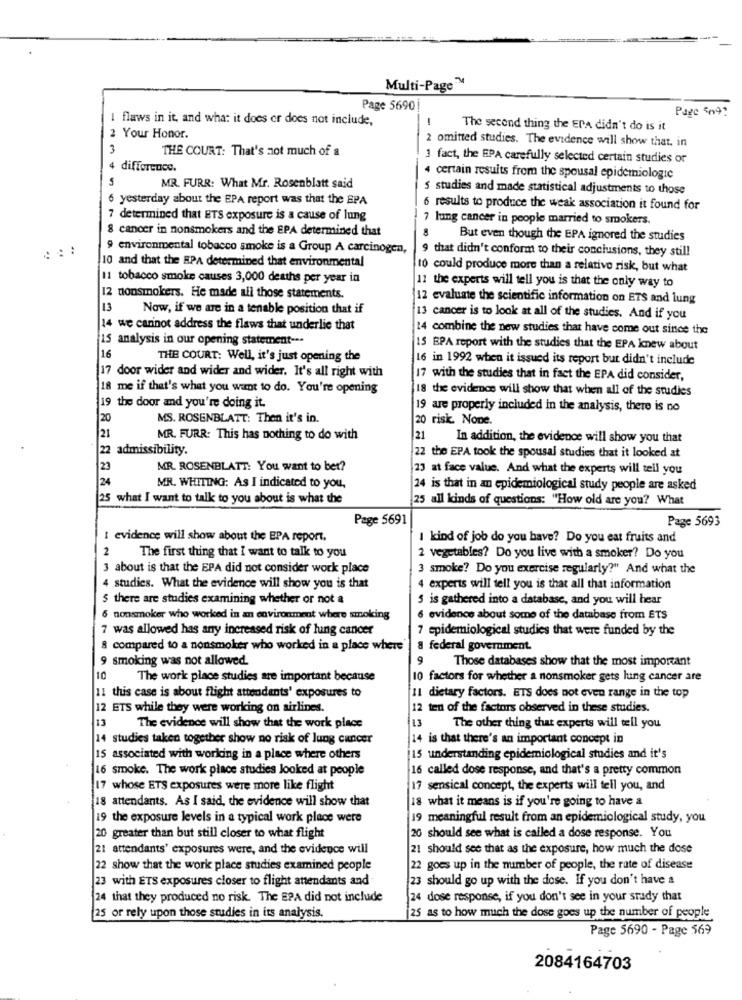
Multi-Page™
Page 5690!
Page 509?
I flaws in it, and what it does or does not include,
-
The second thing the EPA didn't do is it
2 Your Honor.
2 omitted studies. The evidence will show that. in
3
THE COURT: That's not much of a
1 fact, the EPA carefully selected certain studies or
4 difference.
5
4 certain results from the spousal epidemiologic
MR. FURR: What Mr. Rosenblatt said
5 studies and made statistical adjustments to those
6 yesterday about the EPA report was that the EPA
6 results to produce the weak association it found for
7 determined that ETS exposure is a cause of lung
7 lung cancer in people married to smokers.
8 cancer in nonsmokers and the EPA determined that
9
But even though the EPA ignored the studies
environmental tobacco smoke is a Group A carcinogen,
9 that didn't conform to their conclusions, they still
10 and that the BPA determined that environmental
10 could produce more than a relative risk, but what
11 tobacco smoke causes 3,000 deaths per year in
11 the experts will tell you is that the only way to
12 nonsmokers. He made all those statements.
12 evaluate the scientific information on ETS and lung
13
Now, if we are in a tenable position that if
13 cancer is to look at all of the studies. And if you
14 we cannot address the flaws that underlie that
14 combine the new studies that have come out since the
15 analysis in our opening statement ---
15 BPA report with the studies that the EPA knew about
16
THE COURT: Well, it's just opening the
16 in 1992 when it issued its report but didn't include
17 door wider and wider and wider. It's all right with
17 with the studies that in fact the EPA did consider,
18 me if that's what you want to do. You're opening
18 the evidence will show that when all of the studies
19 the door and you're doing it.
are properly included in the analysis, there is no
20
MS. ROSENBLATT: Then it's in.
20 risk. None.
21
MR. FURR: This has nothing to do with
|21
In addition, the evidence will show you that
22 admissibility.
22 the EPA took the spousal studies that it looked at
23
MR. ROSENBLATT: You want to bet?
23 at face value. And what the experts will tell you
24
MR. WHITING: As I indicated to you.
24 is that in an epidemiological study people are asked
25 what I want to talk to you about is what the
25 all kinds of questions: "How old are you? What
Page 5691
Page 5693
I evidence will show about the EPA report.
I kind of job do you have? Do you eat fruits and
2
The first thing that I want to talk to you
2 vegetables? Do you live with a smoker? Do you
3 about is that the EPA did not consider work place
3 smoke? Do you exercise regularly?" And what the
4 studies. What the evidence will show you is that
4 experts will tell you is that all that information
$ there are studies examining whether or not a
5 is gathered into a database, and you will hear
nonsmoker who worked in an environment where smoking
6 evidence about some of the database from ETS
was allowed has any increased risk of lung cancer
7 epidemiological studies that were funded by the
8 compared to a nonsmoker who worked in a place where
8 federal government.
9 smoking was not allowed.
9
Those databases show that the most important
10
The work place studies are important because
10 factors for whether a nonsmoker gets lung cancer are
11 this case is about flight attendants' exposures to
I dietary factors. ETS does not even range in the top
2 ETS while they were working on airlines.
ten of the factors observed in these studies.
13
13
The evidence will show that the work place
The other thing that experts will tell you
4 studies taken together show no risk of lung cancer
14 is that there's an important concept in
15 associated with working in a place where others
[15 understanding epidemiological studies and it's
16 smoke. The work place studies looked at people
16 called dose response, and that's a pretty common
17 whose ETS exposures were more like flight
17 sensical concept, the experts will tell you, and
18 attendants. As I said, the evidence will show that
18 what it means is if you're going to have a
19 the exposure levels in a typical work place were
19 meaningful result from an epidemiological study, you
20 greater than but still closer to what flight
20 should see what is called a dose response. You
21 attendants' exposures were, and the evidence will
21 should see that as the exposure, how much the dose
22 show that the work place studies examined people
22 goes up in the number of people, the rate of disease
23 with ETS exposures closer to flight attendants and
23 should go up with the dose. If you don't have a
24 that they produced no risk. The EPA did not include
24 dose response, if you don't see in your srady that
25 or rely upon those studies in its analysis.
25 as to how much the dose goes up the number of people
Page 5690 - Page 569
2084164703